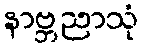
နာဗ္ဘညာသုံ